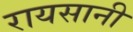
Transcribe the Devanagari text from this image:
रायसानी